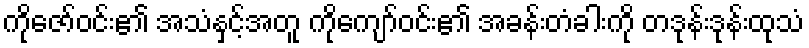
ကိုဇော်ဝင်း၏ အသံနှင့်အတူ ကိုကျော်ဝင်း၏ အခန်းတံခါးကို တဒုန်းဒုန်းထုသံ